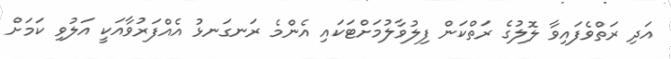
އަދި ރަތްވެފައިވާ ލޮލުގެ ރަތްކަން ފިލުވާލުމަށްޓަކައި އެންމެ ރަނގަނޅު އެއްފަރުވާއަކީ އަލުވި ކަމަށް